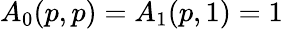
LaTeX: A_{0}(p,p)=A_{1}(p,1)=1